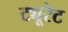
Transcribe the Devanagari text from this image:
ट्यूरेट